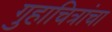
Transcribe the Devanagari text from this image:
गुहाचित्रांचा